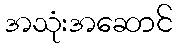
အသုံးအဆောင်